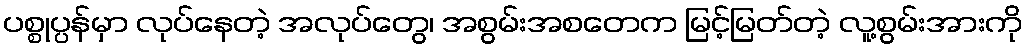
ပစ္စုပ္ပန်မှာ လုပ်နေတဲ့ အလုပ်တွေ၊ အစွမ်းအစတေက မြင့်မြတ်တဲ့ လူ့စွမ်းအားကို